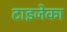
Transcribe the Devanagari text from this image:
टाइजेका